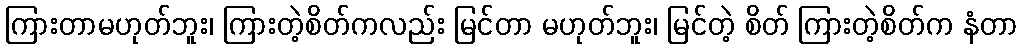
ကြားတာမဟုတ်ဘူး၊ ကြားတဲ့စိတ်ကလည်း မြင်တာ မဟုတ်ဘူး၊ မြင်တဲ့ စိတ် ကြားတဲ့စိတ်က နံတာ